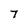
Character: 7